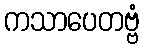
ကသာပေတဗ္ဗံ